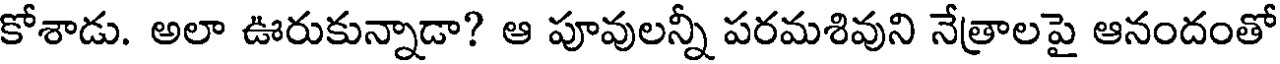
కోశాడు. అలా ఊరుకున్నాడా? ఆ పూవులన్నీ పరమశివుని నేత్రాలపై ఆనందంతో